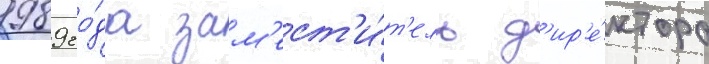
1989 го́да зам'ест'и́т'ель д'ир'е́ктора